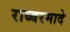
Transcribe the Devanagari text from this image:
राब्बरमादे